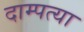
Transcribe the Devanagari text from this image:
दाम्पत्या